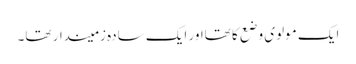
ایک مولوی وضع کا تھااور ایک سادہ زمیندار تھا۔